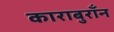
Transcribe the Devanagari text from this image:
काराबुराँन